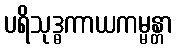
ပရိသုဒ္ဓကာယကမ္မန္တာ